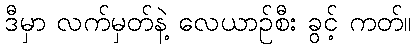
ဒီမှာ လက်မှတ်နဲ့ လေယာဉ်စီး ခွင့် ကတ်။